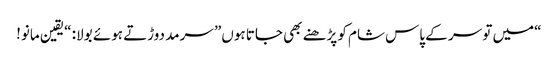
“میں تو سر کے پاس شام کو پڑھنے بھی جاتا ہوں” سرمد دوڑتے ہوئے بولا: “یقین مانو!